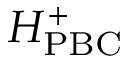
H _ { \mathrm { P B C } } ^ { + }